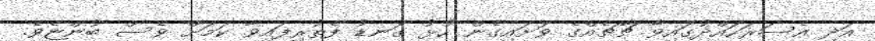
އަދި އެސަރަހައްދުގައިވާ ޗާޗެއްގެ ވަށައިގެން ހުޅު ގަނޑު ފެތުރިފައިވާ ކަމަށް ވެސް ބުންޏެވެ.